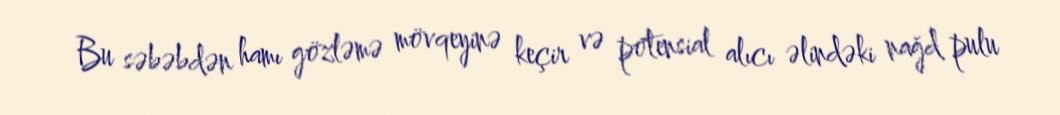
Bu səbəbdən hamı gözləmə mövqeyinə keçir və potensial alıcı əlindəki nağd pulu